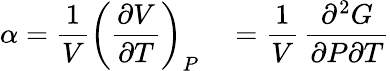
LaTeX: \alpha={\frac{1}{V}}\left({\frac{\partial V}{\partial T}}\right)_{P}\quad={\frac{1}{V}}\, {\frac{\partial^{2}G}{\partial P\partial T}}